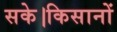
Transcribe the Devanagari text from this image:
सके।किसानों